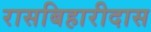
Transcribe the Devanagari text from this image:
रासबिहारीदास